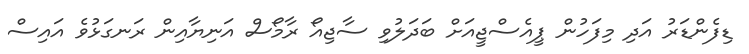
ޑިފެންޑަރު އަދި މިފަހުން ޕީއެސްޖީއަށް ބަދަލުވި ސާޖިއޯ ރާމޯސް އަނިޔާއިން ރަނގަޅުވެ އައިސް